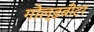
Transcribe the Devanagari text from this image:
गोल्डबीटर